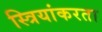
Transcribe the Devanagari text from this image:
स्त्रियांकरता